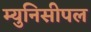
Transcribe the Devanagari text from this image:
म्युनिसीपल